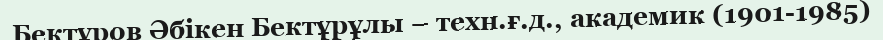
Бектұров Әбікен Бектұрұлы – техн.ғ.д., академик (1901-1985)